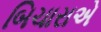
બિચારાએ